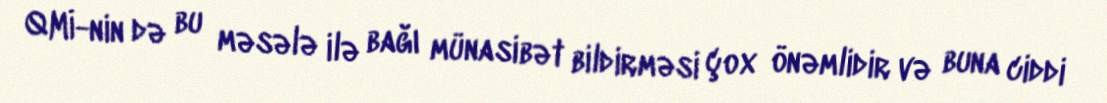
QMİ-nin də bu məsələ ilə bağı münasibət bildirməsi çox önəmlidir və buna ciddi